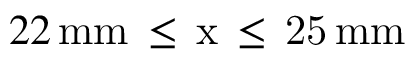
2 2 \, \mathrm { { m m } \, \leq \, x \, \leq \, 2 5 \, \mathrm { { m m } } }